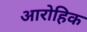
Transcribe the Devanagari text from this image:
आरोहिक